Scottish Leaving Certificate Examination, 1957
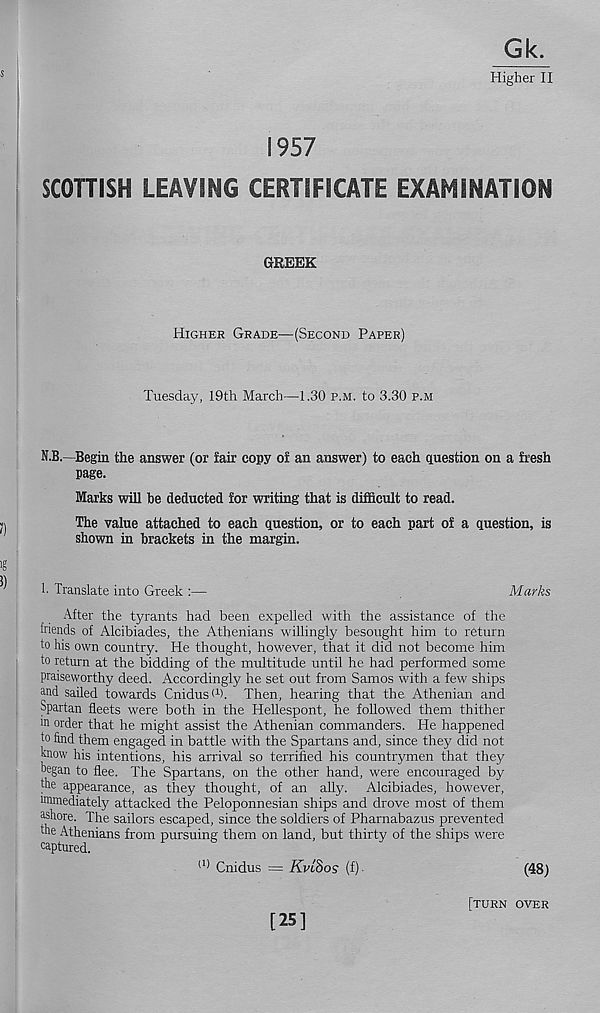
Gk.
Higher II
1957
SCOHISH LEAVING CERTIFICATE EXAMINATION
GREEK
Higher Grade—(Second Paper)
Tuesday, 19th March—1.30 p.m. to 3.30 p.m
N.B.—Begin the answer (or lair copy o! an answer) to each question on a fresh
page.
Marks will be deducted for writing that is difficult to read.
The value attached to each question, or to each part of a question, is
shown in brackets in the margin.
!• Translate into Greek :—
Marks
After the tyrants had been expelled with the assistance of the
friends of Alcibiades, the Athenians willingly besought him to return
to his own country. He thought, however, that it did not become him
to return at the bidding of the multitude until he had performed some
praiseworthy deed. Accordingly he set out from Samos with a few ships
and sailed towards Cnidus W. Then, hearing that the Athenian and
Spartan fleets were both in the Hellespont, he followed them thither
in order that he might assist the Athenian commanders. He happened
to find them engaged in battle with the Spartans and, since they did not
know his intentions, his arrival so terrified his countrymen that they
began to flee. The Spartans, on the other hand, were encouraged by
the appearance, as they thought, of an ally. Alcibiades, however,
immediately attacked the Peloponnesian ships and drove most of them
ashore. The sailors escaped, since the soldiers of Pharnabazus prevented
the Athenians from pursuing them on land, but thirty of the ships were
captured.
(1) Cnidus = Kvt8os (f)-
[25]
(48)
[turn over